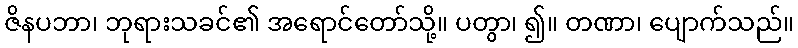
ဇိနပဘာ၊ ဘုရားသခင်၏ အရောင်တော်သို့။ ပတွာ၊ ၍။ တဏာ၊ ပျောက်သည်။